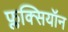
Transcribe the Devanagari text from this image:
फ्लक्सियॉन